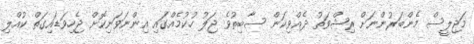
މަޖިލީސް މެންބަރުންނަށް ރިޝްވަތު ދެއްވިކަން ސާބިތުވެ ޖަލު ހުކުމެއްގައި އިންނަވަނިކޮށް ޖެހިވަޑައިގަތް ކުއްލި